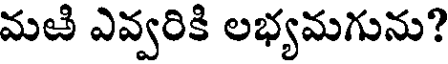
మఱి ఎవ్వరికి లభ్యమగును?